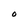
Character: O